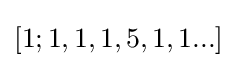
[1;1,1,1,5,1,1...]